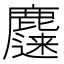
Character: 𱋀